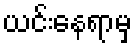
ယင်းနေရာမှ